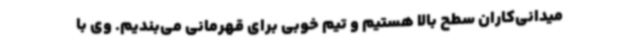
میدانی‌کاران سطح بالا هستیم و تیم خوبی برای قهرمانی می‌بندیم. وی با